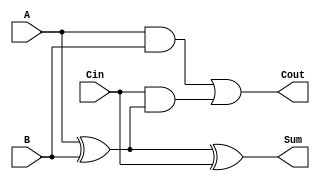
module RippleCarryFullAdder (
    input wire A,      // First binary input
    input wire B,      // Second binary input
    input wire Cin,    // Carry-in input
    output wire Sum,   // Resultant sum output
    output wire Cout   // Carry-out output
);

    // Calculate the sum using XOR
    assign Sum = A ^ B ^ Cin;

    // Calculate the carry-out
    assign Cout = (A & B) | (Cin & (A ^ B));

endmodule